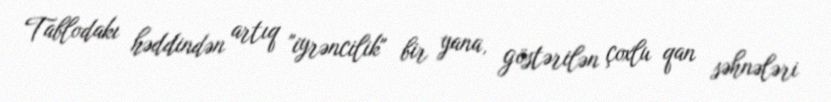
Tablodakı həddindən artıq "iyrəncilik" bir yana, göstərilən çoxlu qan səhnələri